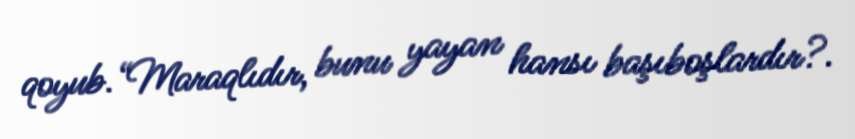
qoyub.“Maraqlıdır, bunu yayan hansı başıboşlardır?.